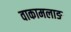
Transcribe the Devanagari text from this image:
वाकामलाङ